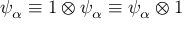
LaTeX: \psi _ { \alpha } \equiv 1 \otimes \psi _ { \alpha } \equiv \psi _ { \alpha } \otimes 1